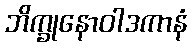
ဘိက္ခုနောဝါဒကာနံ